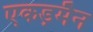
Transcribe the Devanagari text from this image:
एकड़मैन